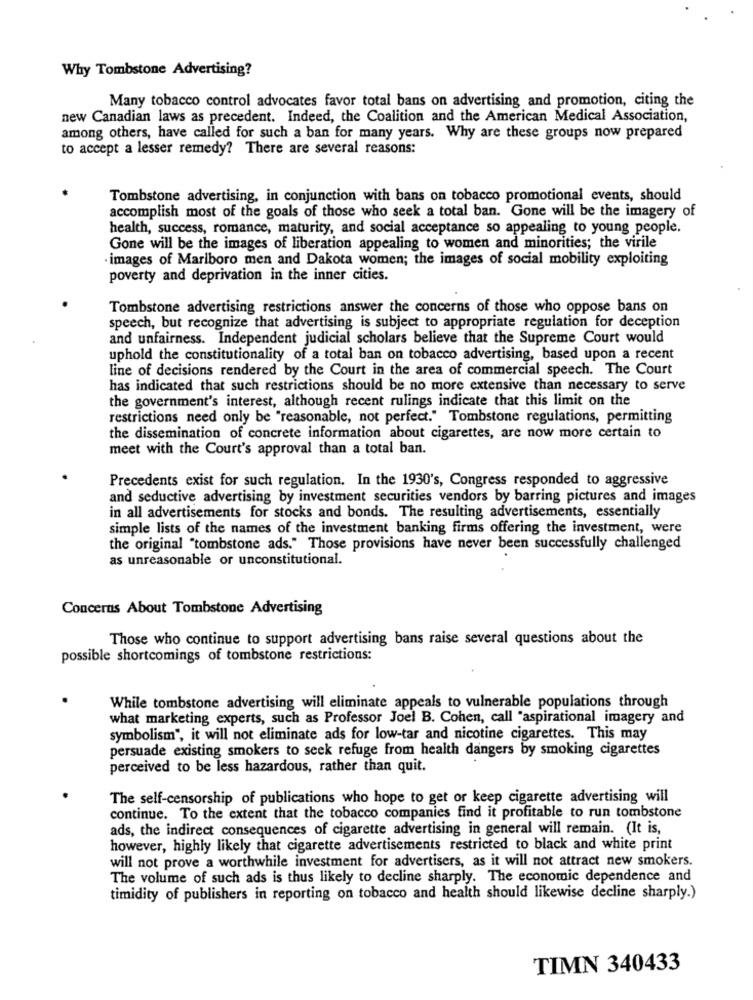
Why Tombstone Advertising?
Many tobacco control advocates favor total bans on advertising and promotion, citing the
new Canadian laws as precedent. Indeed, the Coalition and the American Medical Association,
among others, have called for such a ban for many years. Why are these groups now prepared
to accept a lesser remedy? There are several reasons:
Tombstone advertising, in conjunction with bans on tobacco promotional events, should
accomplish most of the goals of those who seek a total ban. Gone will be the imagery of
health, success, romance, maturity, and social acceptance so appealing to young people.
Gone will be the images of liberation appealing to women and minorities; the virile
·images of Marlboro men and Dakota women; the images of social mobility exploiting
poverty and deprivation in the inner cities.
Tombstone advertising restrictions answer the concerns of those who oppose bans on
speech, but recognize that advertising is subject to appropriate regulation for deception
and unfairness. Independent judicial scholars believe that the Supreme Court would
uphold the constitutionality of a total ban on tobacco advertising, based upon a recent
line of decisions rendered by the Court in the area of commercial speech. The Court
has indicated that such restrictions should be no more extensive than necessary to serve
the government's interest, although recent rulings indicate that this limit on the
restrictions need only be "reasonable, not perfect." Tombstone regulations, permitting
the dissemination of concrete information about cigarettes, are now more certain to
meet with the Court's approval than a total ban.
Precedents exist for such regulation. In the 1930's, Congress responded to aggressive
and seductive advertising by investment securities vendors by barring pictures and images
in all advertisements for stocks and bonds. The resulting advertisements, essentially
simple lists of the names of the investment banking firms offering the investment, were
the original "tombstone ads." Those provisions have never been successfully challenged
as unreasonable or unconstitutional.
Concerns About Tombstone Advertising
Those who continue to support advertising bans raise several questions about the
possible shortcomings of tombstone restrictions:
While tombstone advertising will eliminate appeals to vulnerable populations through
what marketing experts, such as Professor Joel B. Cohen, call "aspirational imagery and
symbolism", it will not eliminate ads for low-tar and nicotine cigarettes. This may
persuade existing smokers to seek refuge from health dangers by smoking cigarettes
perceived to be less hazardous, rather than quit.
The self-censorship of publications who hope to get or keep cigarette advertising will
continue. To the extent that the tobacco companies find it profitable to run tombstone
ads, the indirect consequences of cigarette advertising in general will remain. (It is,
however, highly likely that cigarette advertisements restricted to black and white print
will not prove a worthwhile investment for advertisers, as it will not attract new smokers.
The volume of such ads is thus likely to decline sharply. The economic dependence and
timidity of publishers in reporting on tobacco and health should likewise decline sharply.)
TIMN 340433